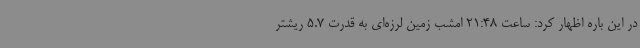
در این باره اظهار کرد: ساعت 21:48 امشب زمین لرزه‌ای به قدرت 5.7 ریشتر